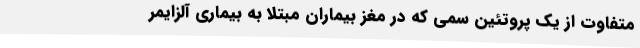
متفاوت از یک پروتئین سمی که در مغز بیماران مبتلا به بیماری آلزایمر